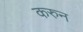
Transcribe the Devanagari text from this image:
करुन